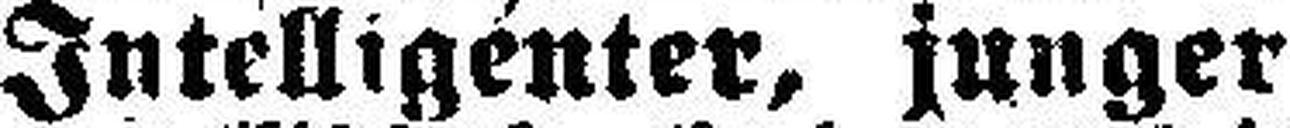
Intelligenter, junger